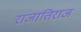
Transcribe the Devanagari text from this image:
राजातिराज